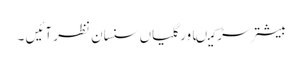
بیشتر سڑکیںاور گلیاں سنسان نظر آئیں ۔